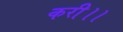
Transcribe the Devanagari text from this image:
करी।।